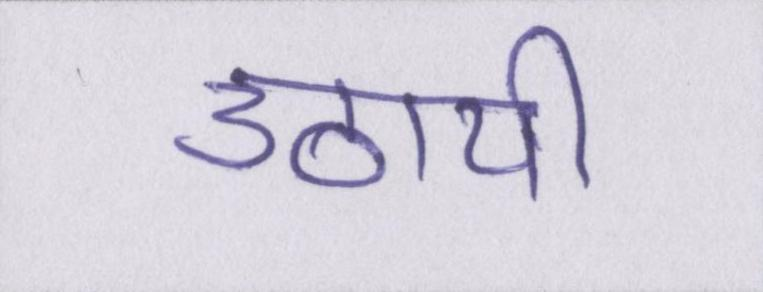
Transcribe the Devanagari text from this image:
उठायी